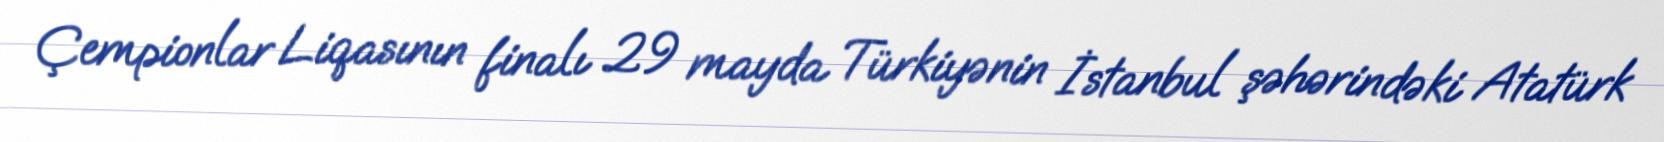
Çempionlar Liqasının finalı 29 mayda Türkiyənin İstanbul şəhərindəki Atatürk